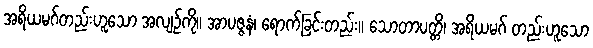
အရိယမဂ်တည်းဟူသော အလျဉ်ကို။ အာပဇ္ဇနံ၊ ရောက်ခြင်းတည်း။ သောတာပတ္တိ၊ အရိယမဂ် တည်းဟူသော